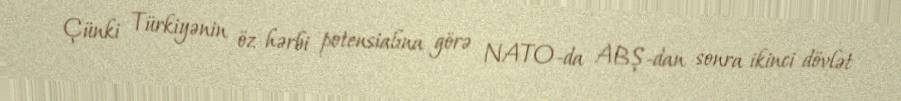
Çünki Türkiyənin öz hərbi potensialına görə NATO-da ABŞ-dan sonra ikinci dövlət